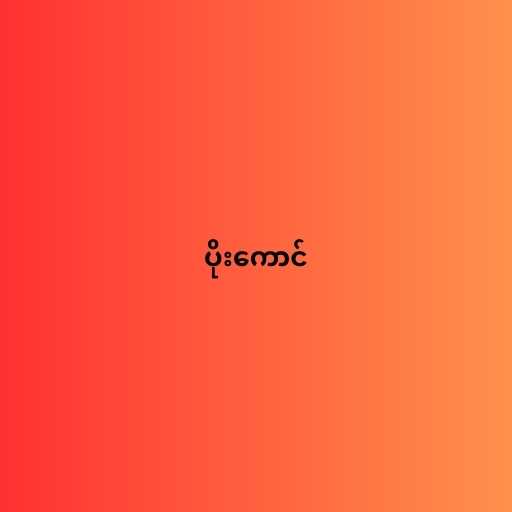
ပိုးကောင်